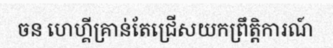
ចន ហេហ្គីគ្រាន់តែជ្រើសយកព្រឹត្តិការណ៍